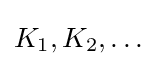
K_{1},K_{2},\ldots